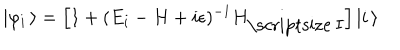
| \varphi _ { i } \, \rangle = \left[ 1 + ( E _ { i } - H + i \epsilon ) ^ { - 1 } H _ { \mathrm { \scriptsize ~ I } } \right] | i \, \rangle